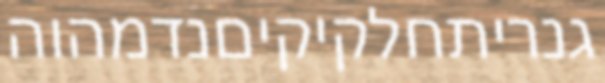
גנריתחלקיקיםנדמהוה